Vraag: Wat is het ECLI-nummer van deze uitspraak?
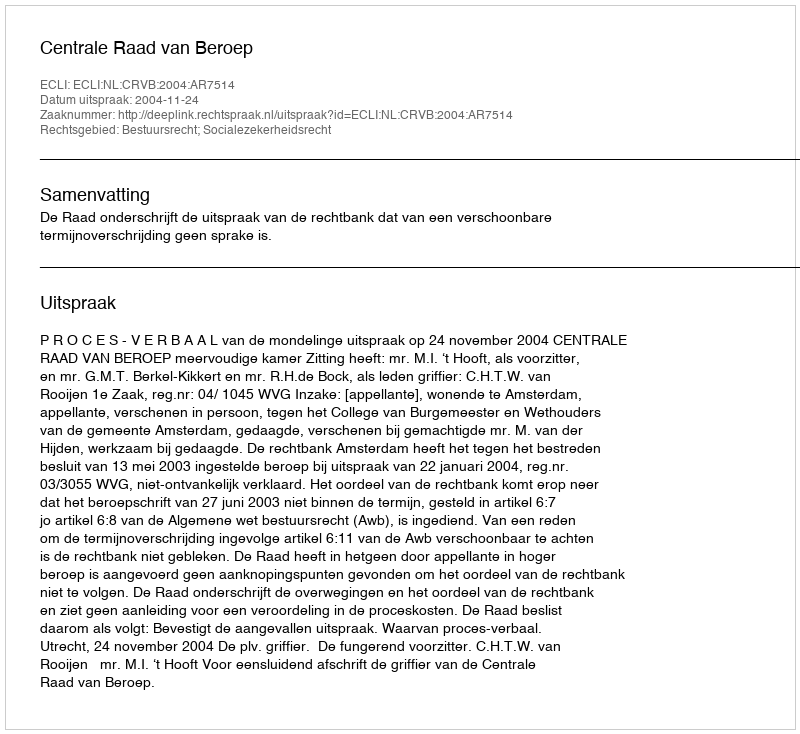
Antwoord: ECLI:NL:CRVB:2004:AR7514